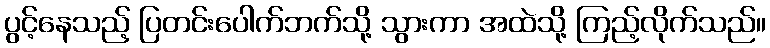
ပွင့်နေသည့် ပြတင်းပေါက်ဘက်သို့ သွားကာ အထဲသို့ ကြည့်လိုက်သည်။